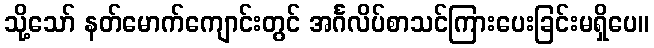
သို့သော် နတ်မောက်ကျောင်းတွင် အင်္ဂလိပ်စာသင်ကြားပေးခြင်းမရှိပေ။